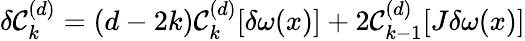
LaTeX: \delta\mathcal{C}_{k}^{(d)}=(d-2k)\mathcal{C}_{k}^{(d)}[\delta\omega(x)]+2\mathcal{C}_{k-1}^{(d)}[J\delta\omega(x)]